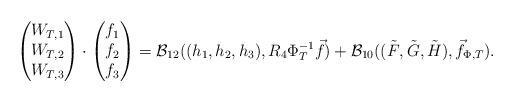
LaTeX: \begin{align*}\begin{pmatrix}W_{T,1}\\W_{T,2}\\W_{T,3}\end{pmatrix}\cdot\begin{pmatrix}f_1\\f_2\\f_3\end{pmatrix}=\mathcal{B}_{12}((h_1, h_2, h_3), R_4\Phi_T^{-1}\vec{f})+\mathcal{B}_{10}((\tilde{F}, \tilde{G}, \tilde{H}), \vec{f}_{\Phi, T}).\end{align*}